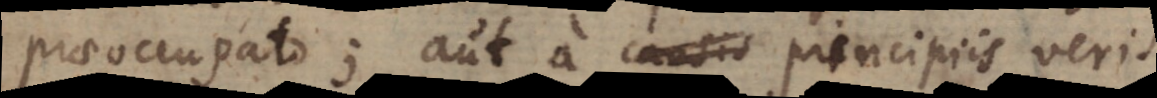
praeoccupato; aut a causis principiis veris